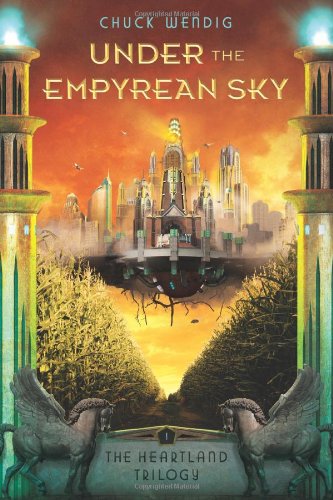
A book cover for Under the Empyrean Sky (The Heartland Trilogy); Chuck Wendig; Literature & Fiction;